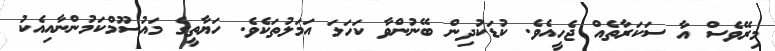
މިރޭވެސް އާ ސަކަރާތެއް ޖެހީއެވެ. ކުޑަކުދިން ބޭނުންވާ ކަހަލަ އަމަލުތަކެވެ. ހަޔާތީގެ މައުސޫމްކަމުންނާއިއެކު